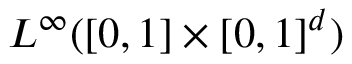
L ^ { \infty } ( [ 0 , 1 ] \times [ 0 , 1 ] ^ { d } )